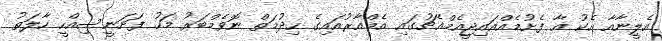
އެލީނާއާ އެކު އާ ފެށުމެއްއައިޖީއެމްއެޗުގައި އެމްއާރުއައިގެ ހިދުމަތް ނޮވެމްބަރު މަހު ފަށަނީސިއްހީ ހާލަތު